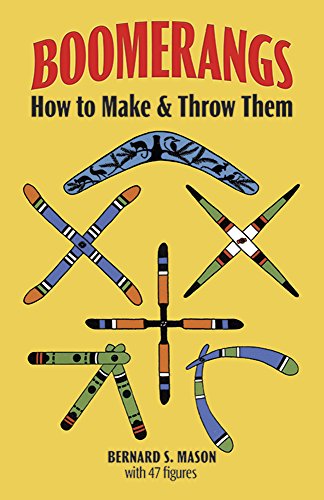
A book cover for Boomerangs: How to Make and Throw Them; Bernard S. Mason; Crafts, Hobbies & Home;